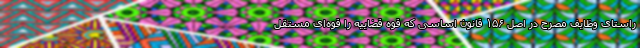
راستای وظایف مصرح در اصل ۱۵۶ قانون اساسی که قوه قضاییه را قوه‌ای مستقل